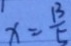
x = \frac { 1 3 } { 5 }